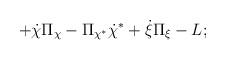
LaTeX: \begin{align*}+\dot{\chi }\Pi _{\chi }-\Pi _{\chi ^{*}}\dot{\chi }^{*}+\dot{\xi }\Pi _{\xi}-L;\end{align*}